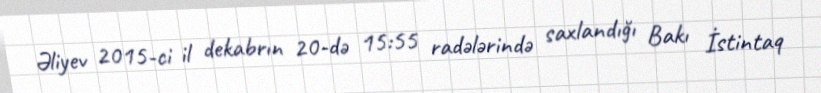
Əliyev 2015-ci il dekabrın 20-də 15:55 radələrində saxlandığı Bakı İstintaq